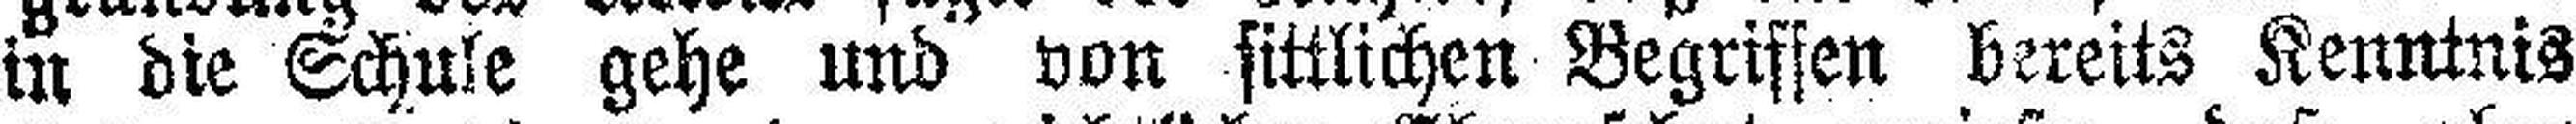
in die Schule gehe und von sittlichen Begriffen bereits Kenntnis